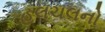
હલચલનો